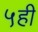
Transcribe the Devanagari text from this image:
५ही